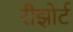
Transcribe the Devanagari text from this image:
रीझोर्ट